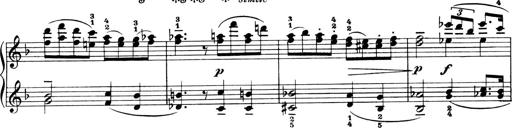
Title: 4 Sonatines
Composer: Max Reger